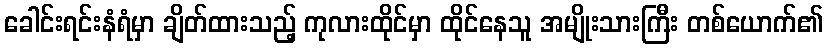
ခေါင်းရင်းနံရံမှာ ချိတ်ထားသည့် ကုလားထိုင်မှာ ထိုင်နေသူ အမျိုးသားကြီး တစ်ယောက်၏